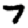
Digit: 7